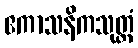
ဧကာသနိကသုတ္တံ